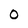
Character: O